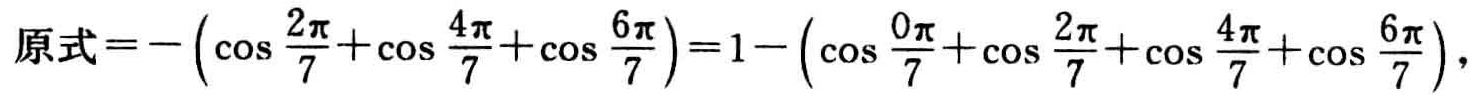
原式\(=-\left(\cos \frac{2\pi}{7}+\cos \frac{4\pi}{7}+\cos \frac{6\pi}{7}\right)=1-\left(\cos \frac{0\pi}{7}+\cos \frac{2\pi}{7}+\cos \frac{4\pi}{7}+\cos \frac{6\pi}{7}\right)\)